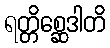
ရတ္တိစ္ဆေဒါတိ